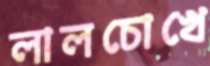
লালচোখে